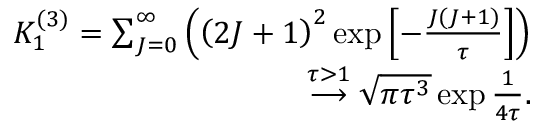
\begin{array} { r } { K _ { 1 } ^ { ( 3 ) } = \sum _ { J = 0 } ^ { \infty } \left( \left( 2 J + 1 \right) ^ { 2 } \exp \left[ - \frac { J ( J + 1 ) } { \tau } \right] \right) } \\ { \overset { \tau > 1 } { \longrightarrow } \sqrt { \pi \tau ^ { 3 } } \exp \frac { 1 } { 4 \tau } . } \end{array}